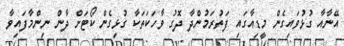
އޭނާއާ ގުޅުވައިގެން މީޑިއާގައި ފަތުރަމުންެދާ ދޮގު ވާހަކަތަކާ ގުޅިގެން ކޯޓަށް ދާން ނިންމާފައިވާ